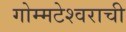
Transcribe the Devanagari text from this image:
गोम्मटेश्वराची